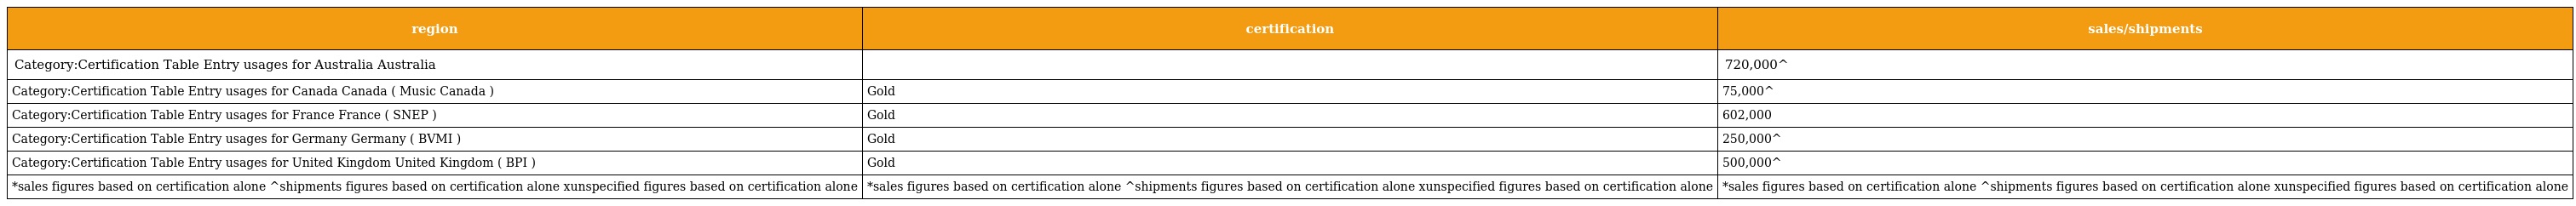
| region | certification | sales/shipments |
 | --- | --- | --- |
 | Category:Certification Table Entry usages for Australia Australia |  | 720,000^ |
 | Category:Certification Table Entry usages for Canada Canada ( Music Canada ) | Gold | 75,000^ |
 | Category:Certification Table Entry usages for France France ( SNEP ) | Gold | 602,000 |
 | Category:Certification Table Entry usages for Germany Germany ( BVMI ) | Gold | 250,000^ |
 | Category:Certification Table Entry usages for United Kingdom United Kingdom ( BPI ) | Gold | 500,000^ |
 | *sales figures based on certification alone ^shipments figures based on certification alone xunspecified figures based on certification alone | *sales figures based on certification alone ^shipments figures based on certification alone xunspecified figures based on certification alone | *sales figures based on certification alone ^shipments figures based on certification alone xunspecified figures based on certification alone |